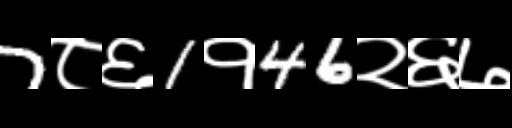
Text: 7८६1१46२६७